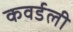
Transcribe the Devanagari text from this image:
कवर्डली